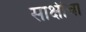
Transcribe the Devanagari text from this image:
साक्षीचा